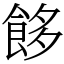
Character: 䬷